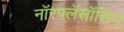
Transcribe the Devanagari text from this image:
नॉरफ्लॅसॉसिन